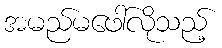
အမည်မဖေါ်လိုသည့်